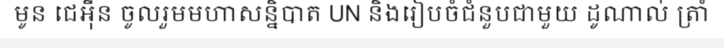
មូន ជេអ៊ីន ចូលរួមមហាសន្និបាត UN និងរៀបចំជំនួបជាមួយ ដូណាល់ ត្រាំ